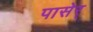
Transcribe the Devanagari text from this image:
पासेर्